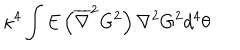
\kappa ^ { 4 } \int E \left( \overline { { { \nabla } } } ^ { 2 } G ^ { 2 } \right) \nabla ^ { 2 } G ^ { 2 } d ^ { 4 } \theta